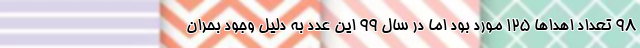
۹۸ تعداد اهداها ۱۲۵ مورد بود اما در سال ۹۹ این عدد به دلیل وجود بحران